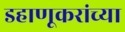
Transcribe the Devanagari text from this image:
डहाणूकरांच्या